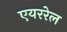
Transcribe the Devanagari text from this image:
एयररेल